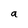
Character: a